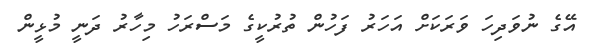
އޭގެ ނުވަދިހަ ވަރަކަށް އަހަރު ފަހުން ތުރުކީގެ މަސްރަހު މިހާރު ދަނީ މުޅީން